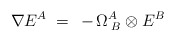
\begin{align*}\nabla E^A\;=\;\,-\,\Omega_{\;B}^A \otimes E^B\end{align*}